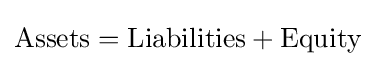
{\text{Assets}}={\text{Liabilities}}+{\text{Equity}}